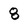
Character: 8